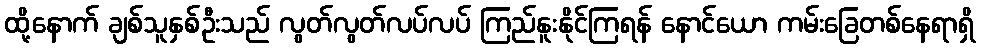
ထို့နောက် ချစ်သူနှစ်ဦးသည် လွတ်လွတ်လပ်လပ် ကြည်နူးနိုင်ကြရန် နောင်ယော ကမ်းခြေတစ်နေရာရှိ